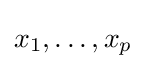
x_{1},\dots ,x_{p}